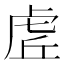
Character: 虗